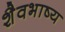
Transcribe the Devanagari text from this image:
शैवभाष्य